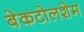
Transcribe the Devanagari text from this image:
बेकटोलशेम